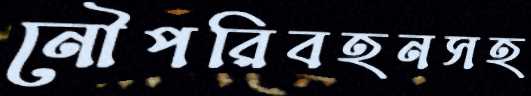
নৌপরিবহনসহ